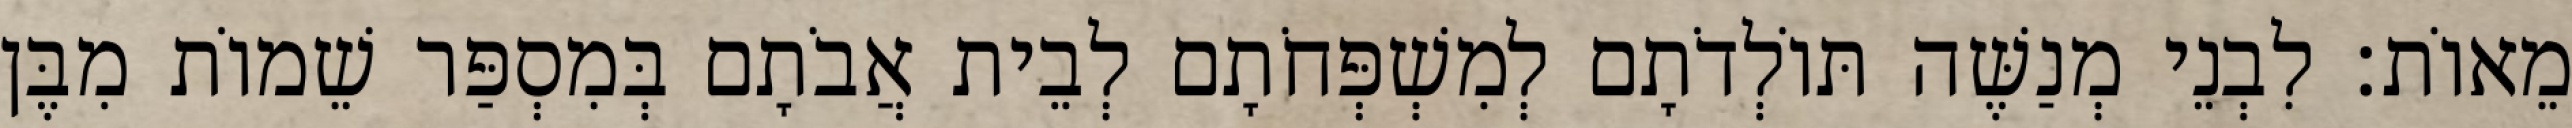
מֵאוֹת׃ לִבְנֵי מְנַשֶּׁה תּוֹלְדֹתָם לְמִשְׁפְּחֹתָם לְבֵית אֲבֹתָם בְּמִסְפַּר שֵׁמוֹת מִבֶּן